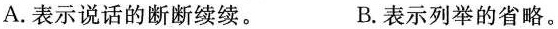
A.表示说话的断断续续。 B.表示列举的省略。